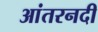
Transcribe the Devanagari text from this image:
आंतरनदी